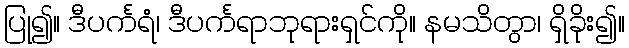
ပြု၍။ ဒီပင်္ကရံ၊ ဒီပင်္ကရာဘုရားရှင်ကို။ နမသိတွာ၊ ရှိခိုး၍။